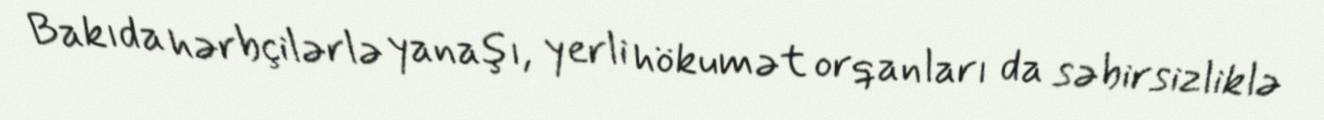
Bakıda hərbçilərlə yanaşı, yerli hökumət orqanları da səbirsizliklə